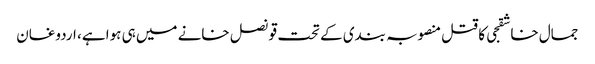
جمال خاشقجی کا قتل منصوبہ بندی کے تحت قونصل خانے میں ہی ہوا ہے، اردوغان